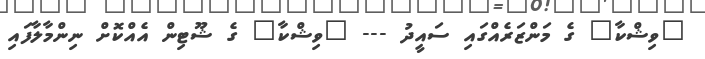
"ވިޝްކާ" ގެ މަންޒަރެއްގައި ސައީދު --- "ވިޝްކާ" ގެ ޝޫޓިން އެއްކޮށް ނިންމާލާފައި